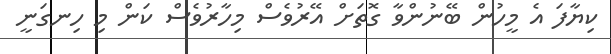
ކިޔާފަ އެ މީހުން ބޭނުންވާ ގޮތަށް އޭރުވެސް މިހާރުވެސް ކަން މި ހިނގަނީ